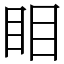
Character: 䀠